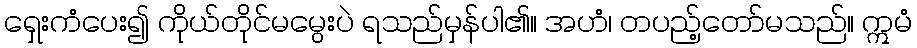
ရှေးကံပေး၍ ကိုယ်တိုင်မမွေးပဲ ရသည်မှန်ပါ၏။ အဟံ၊ တပည့်တော်မသည်။ ဣမံ